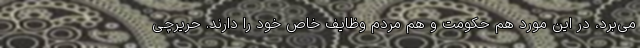
می‌برد، در این مورد هم حکومت و هم مردم وظایف خاص خود را دارند. حریرچی